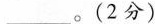
____。(2分)